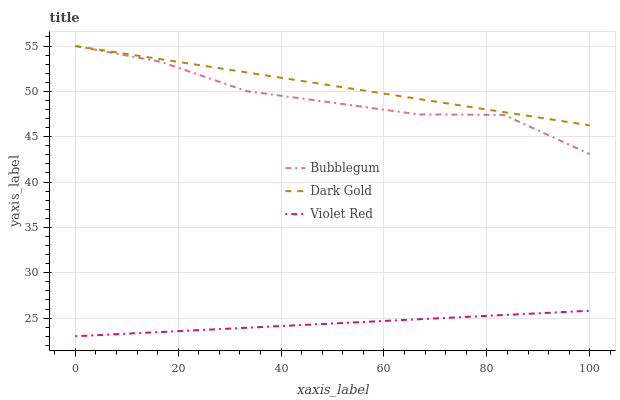
| xaxis_label | Bubblegum | Dark Gold | Violet Red |
 | --- | --- | --- | --- |
 | 0 | 55 | 55 | 23 |
 | 16.7 | 53.2 | 53.5 | 23.5 |
 | 33.3 | 50 | 52.1 | 23.9 |
 | 50 | 48.8 | 50.6 | 24.4 |
 | 66.7 | 47.5 | 49.2 | 24.9 |
 | 83.3 | 47.4 | 47.7 | 25.3 |
 | 100 | 43.1 | 46.2 | 25.8 |